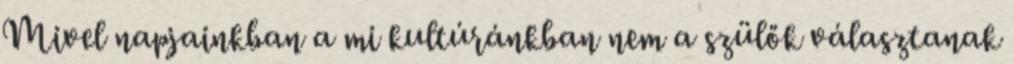
Mivel napjainkban a mi kultúránkban nem a szülők választanak